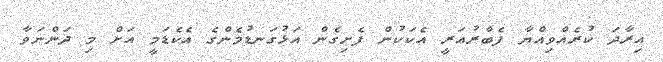
އިރާދަ ކުރެއްވިއްޔާ ފެބްރުއަރީ އެކަކުން ފެށިގެން އަޅުގަނޑުމެންގެ އެކެޑަމީ އަށް މި ދަންނަވާ